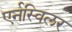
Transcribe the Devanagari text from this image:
एर्नस्विलर